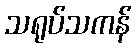
သရုပ်သကန်